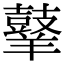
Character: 𪔙